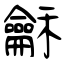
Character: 龢